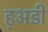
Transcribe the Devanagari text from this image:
ह़अडी